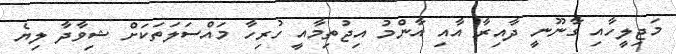
މަޖިލީހާއި ގާނޫނީ ދާއިރާ އާއި އާންމު އިޖުތިމާއީ ހުރިހާ މައްސަލަތަކަށް ޝިވާދާ ލިޔެ